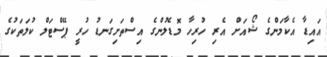
އައިޑާ އެކާމަންގެ ޝޯއަށް އެރި ހުރިހާ މޮޑެލުންގެ އިސްތަށިގަނޑު ހުރީ ޕޭސްޓަލް ކުލަތަކުގެ